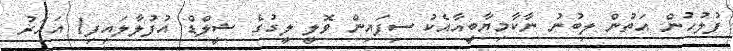
ފުލުހުން އަތުން ލިބުނު ނާކާމިޔާބީއާއެކު ސިފައިން ވޮލީ ލީގުގެ ޝީލްޑް އުފުލާލައިފި1 އަހަރު